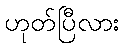
ဟုတ်ပြီလား